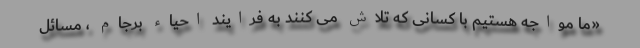
«ما مواجه هستیم با کسانی که تلاش می کنند به فرایند احیاء برجام ، مسائل